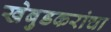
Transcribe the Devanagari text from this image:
खेबुडकरांचा